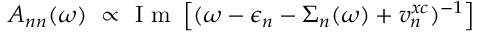
\displaystyle { A _ { n n } ( \omega ) ~ \propto \mathrm { ~ I ~ m ~ } \left[ ( \omega - \epsilon _ { n } - \Sigma _ { n } ( \omega ) + v _ { n } ^ { x c } ) ^ { - 1 } \right] }